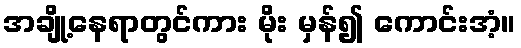
အချို့နေရာတွင်ကား မိုး မှန်၍ ကောင်းအံ့။